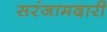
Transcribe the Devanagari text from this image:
सरंजामदारी